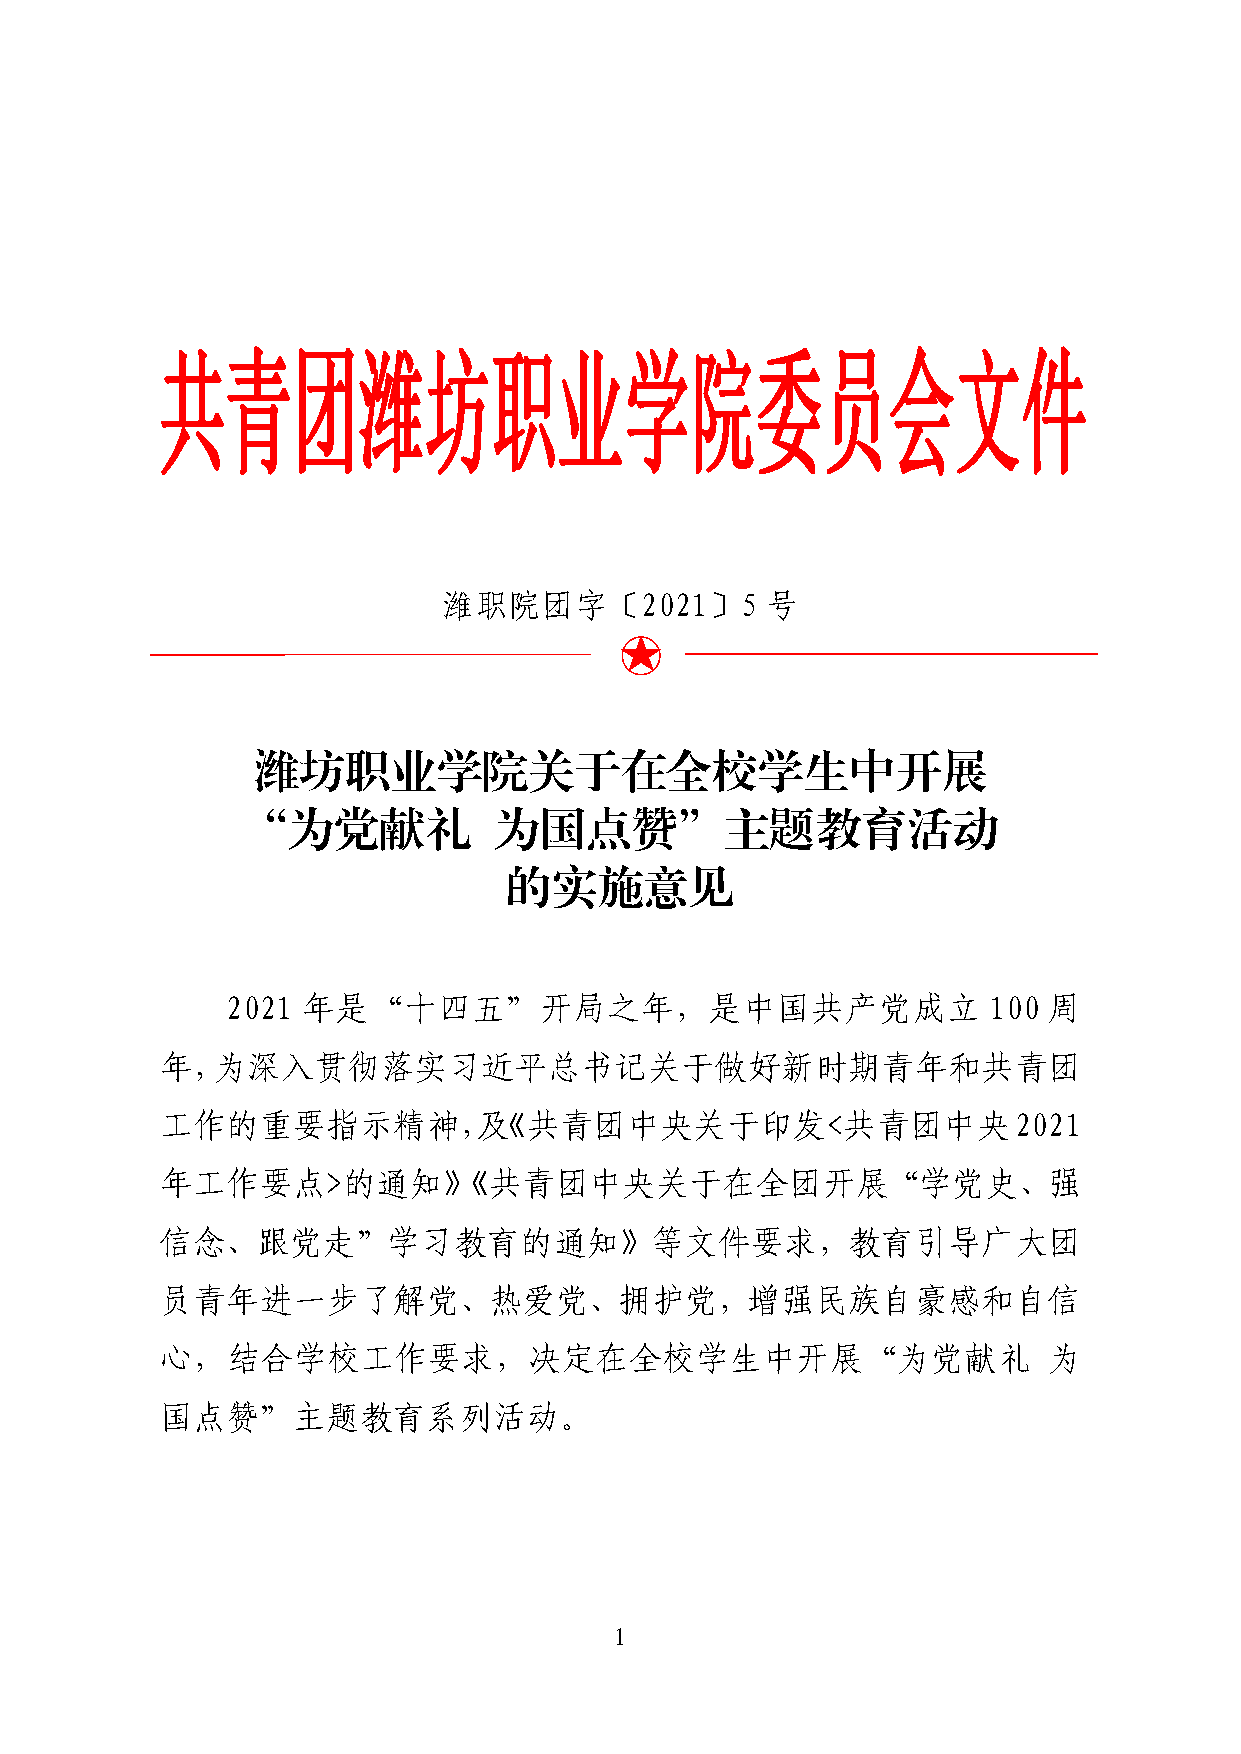
共青团潍坊职业学院委员会文件
 潍职院团字〔2021〕5          号
 潍坊职业学院关于在全校学生中开展
 “为党献礼            为国点赞”主题教育活动
 的实施意见
 2021 年是“十四五”开局之年，是中国共产党成立                         100 周
 年，为深入贯彻落实习近平总书记关于做好新时期青年和共青团
 工作的重要指示精神，及《共青团中央关于印发<共青团中央2021
 年工作要点>的通知》《共青团中央关于在全团开展“学党史、强
 信念、跟党走”学习教育的通知》等文件要求，教育引导广大团
 员青年进一步了解党、热爱党、拥护党，增强民族自豪感和自信
 心，结合学校工作要求，决定在全校学生中开展“为党献礼                                为
 国点赞”主题教育系列活动。
 1